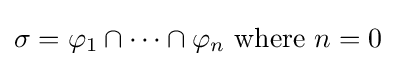
\sigma =\varphi _{1}\cap \cdots \cap \varphi _{n}{\text{ where }}n=0